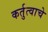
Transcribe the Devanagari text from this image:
कर्तुत्वाचे